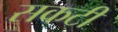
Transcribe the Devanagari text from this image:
सकटी